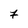
Character: 7